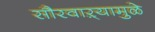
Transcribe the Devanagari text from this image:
सौरवाऱ्यामुळे